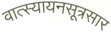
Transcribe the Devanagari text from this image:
वात्स्यायनसूत्रसार